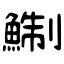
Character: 鯯